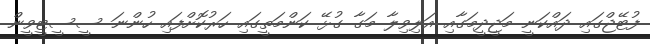
ފުޓޭޖްގައި ދައްކަނީ މަޖީދީމަގާއި އަލިވިލާ މަގާ ގުޅޭ ކަންމަތީގައި ހަރުކޮށްފައި ހުންނަ ސީސީޓީވީން